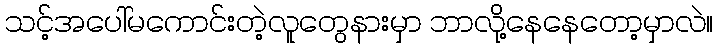
သင့်အပေါ်မကောင်းတဲ့လူတွေနားမှာ ဘာလို့နေနေတော့မှာလဲ။